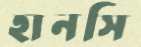
হানসি